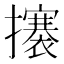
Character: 攐